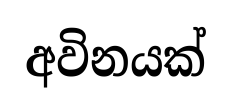
අවිනයක්